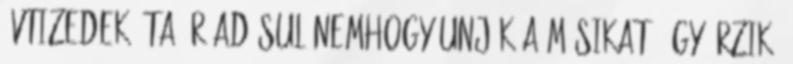
évtizedek óta. Ráadásul nemhogy unják a másikat, úgy érzik,